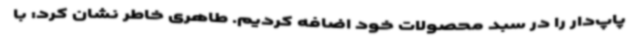
پاپ‌دار را در سبد محصولات خود اضافه کردیم. طاهری خاطر نشان کرد: با